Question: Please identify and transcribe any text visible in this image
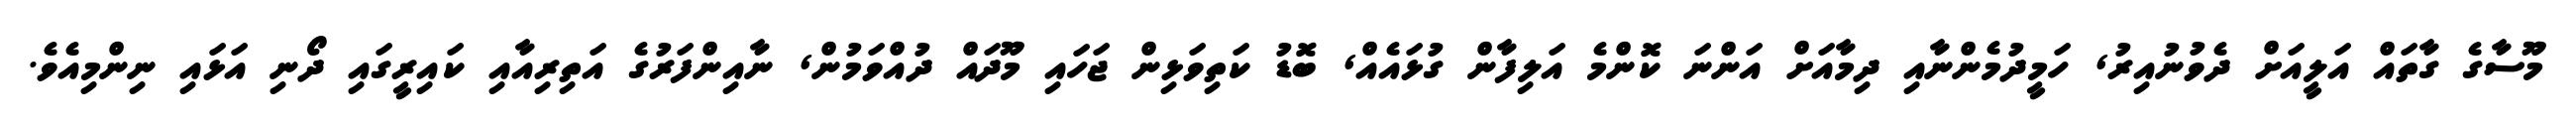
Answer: މޫސާގެ ގާތައް އަލީއަށް ދެވުނުއިރު, ހަމީދުމެންނާއި ދިމާއަށް އަންނަ ކޮންމެ އަލިފާން ގުޅައެއް, ބޮޑު ކަތިވަޅިން ޖަހައި މޫދައް ދުއްވަމުން, ނާއިންފަރުގެ އަތިރިއާއި ކައިރީގައި ދޯނި އަޅައި ނިންމިއެވެ.